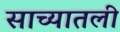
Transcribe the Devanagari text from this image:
साच्यातली